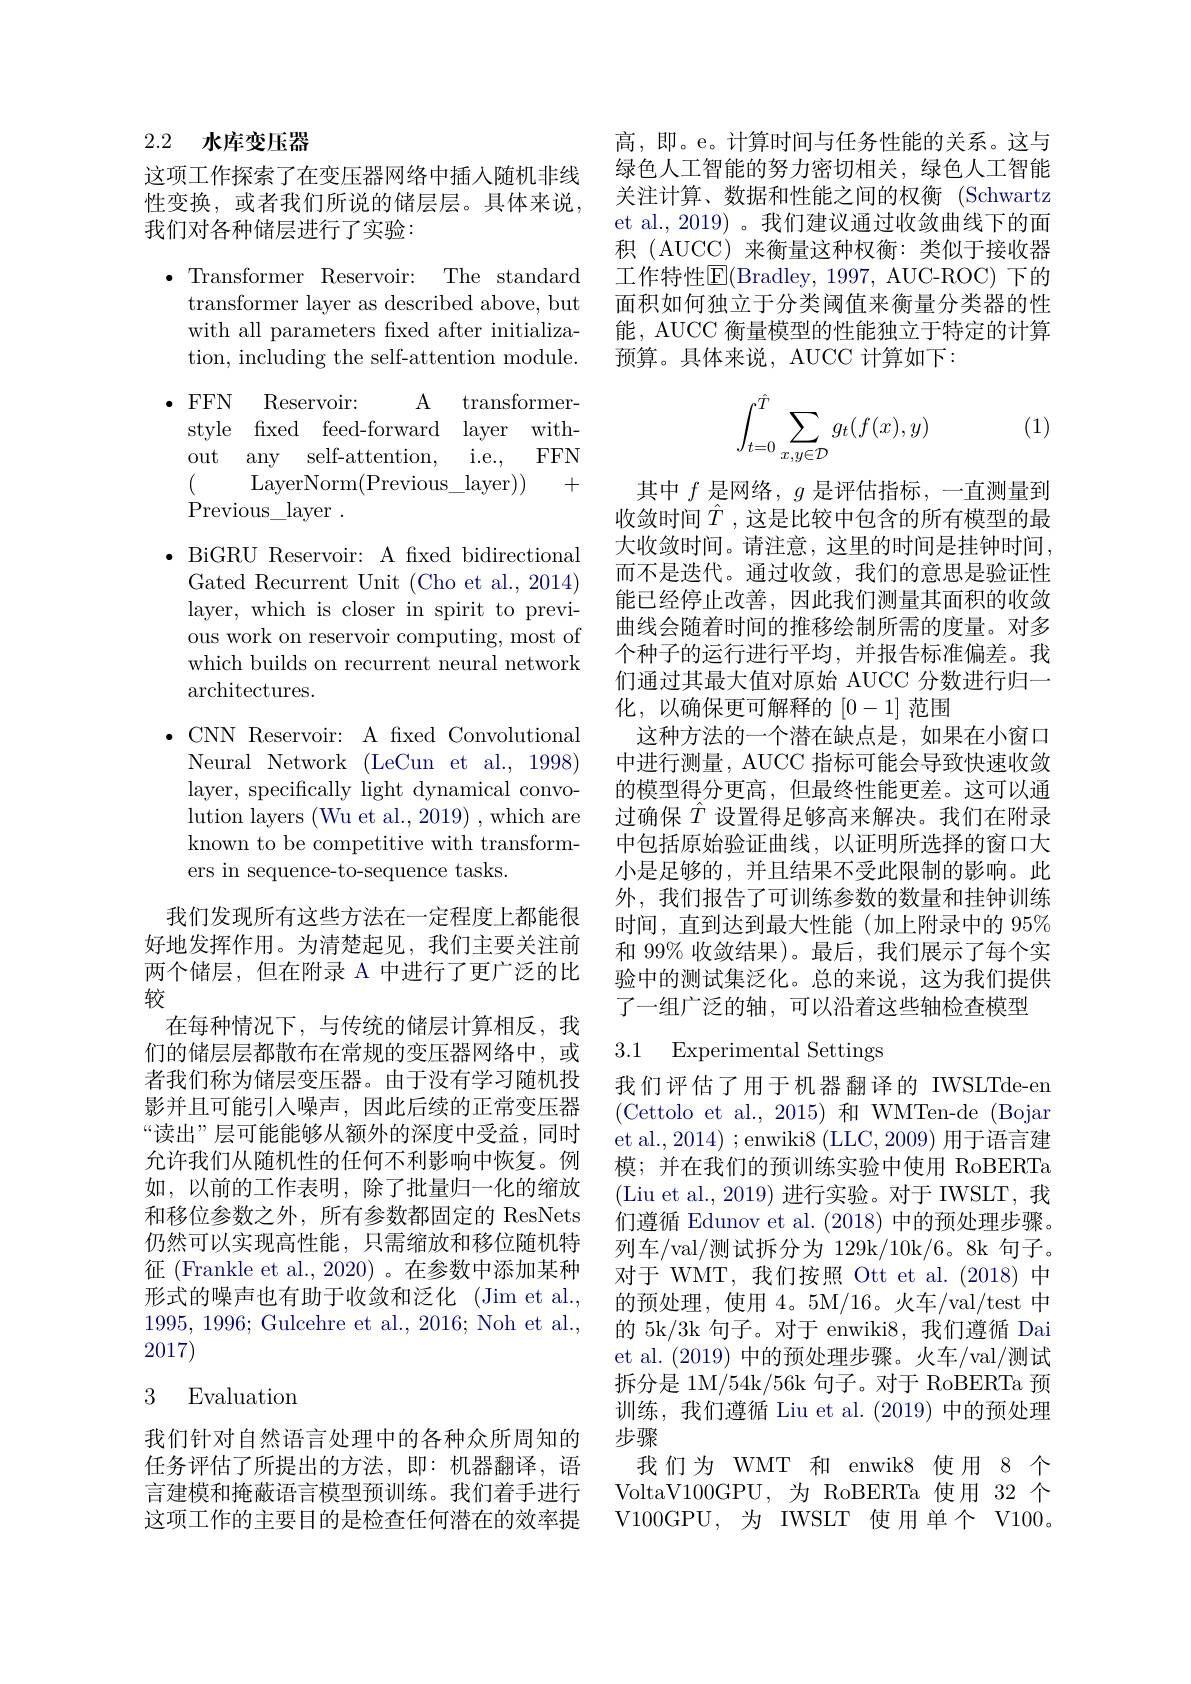
## 2.2 水库变压器

这项工作探索了在变压器网络中插入随机非线性变换，或者我们所说的储层层。具体来说， 我们对各种储层进行了实验：

$\bullet$Transformer Reservoir: The standard
transformer layer as described above, but with all parameters fixed after initialization, including the self-attention module.
$\bullet$ FFN Reservoir: A transformerstyle fixed feed-forward layer without any self-attention, i.e., FFN (
LayerNorm(Previous$\_$layer))
+
Previous\_layer .
$\bullet$ BiGRU Reservoir: A fixed bidirectional
Gated Recurrent Unit (Cho et al., 2014) layer, which is closer in spirit to previous work on reservoir computing, most of which builds on recurrent neural network $\operatorname{architectures.}$
$\bullet$CNN Reservoir: A fixed Convolutional Neural Network (LeCun et al., 1998) layer, specifically light dynamical convolution layers (Wu et al., 2019) , which are known to be competitive with transformers in sequence-to-sequence tasks.
我们发现所有这些方法在一定程度上都能很

好地发挥作用。为清楚起见，我们主要关注前两个储层，但在附录 A 中进行了更广泛的比较
在每种情况下，与传统的储层计算相反，我们的储层层都散布在常规的变压器网络中，或者我们称为储层变压器。由于没有学习随机投影并且可能引入噪声，因此后续的正常变压器“读出”层可能能够从额外的深度中受益，同时允许我们从随机性的任何不利影响中恢复。例如，以前的工作表明，除了批量归一化的缩放和移位参数之外，所有参数都固定的 ResNets 仍然可以实现高性能，只需缩放和移位随机特征 (Frankle et al.,2020) 。在参数中添加某种形式的噪声也有助于收敛和泛化 (Jim et al., 1995, 1996; Gulcehre et al., 2016; Noh et al., 2017)

## 3 Evaluation

我们针对自然语言处理中的各种众所周知的任务评估了所提出的方法，即：机器翻译，语言建模和掩蔽语言模型预训练。我们着手进行这项工作的主要目的是检查任何潜在的效率提

高，即。e。计算时间与任务性能的关系。这与绿色人工智能的努力密切相关，绿色人工智能关注计算、数据和性能之间的权衡(Schwartz) et al.,2019) 。我们建议通过收敛曲线下的面积 (AUCC)来衡量这种权衡：类似于接收器工作特性$\overline{\mathrm{E}}($Bradley,1997, AUC-ROC)下的面积如何独立于分类阈值来衡量分类器的性能，AUCC 衡量模型的性能独立于特定的计算预算。具体来说，AUCC 计算如下：
$$\int_{t=0}^{\hat{T}}\sum_{x,y\in\mathcal{D}}g_t(f(x),y)$$
(1)

其中$f$是网络，$g$是评估指标，一直测量到收敛时间$\hat{T}$,这是比较中包含的所有模型的最大收敛时间。请注意，这里的时间是挂钟时间， 而不是迭代。通过收敛，我们的意思是验证性能已经停止改善，因此我们测量其面积的收敛曲线会随着时间的推移绘制所需的度量。对多个种子的运行进行平均，并报告标准偏差。我们通过其最大值对原始 AUCC 分数进行归一化，以确保更可解释的[0-1]范围
这种方法的一个潜在缺点是，如果在小窗口中进行测量，AUCC 指标可能会导致快速收敛的模型得分更高，但最终性能更差。这可以通过确保$\hat{T}$设置得足够高来解决。我们在附录中包括原始验证曲线，以证明所选择的窗口大小是足够的，并且结果不受此限制的影响。此外，我们报告了可训练参数的数量和挂钟训练时间，直到达到最大性能(加上附录中的 95% 和 99% 收敛结果)。最后，我们展示了每个实验中的测试集泛化。总的来说，这为我们提供了一组广泛的轴，可以沿着这些轴检查模型

## 3.1 Experimental Settings

我们评估了用于机器翻译的 IWSLTde-en (Cettolo et al., 2015)和WMTen-de (Bojar et al., 2014) ; enwiki8 (LLC, 2009) 用于语言建模；并在我们的预训练实验中使用 RoBERTa (Liu et al., 2019) 进行实验。对于 IWSLT, 我们遵循 Edunov et al. (2018)中的预处理步骤。列车/val/测试拆分为 129k/10k/6。8k 句子。对于 WMT,我们按照 Ott et al.(2018)中的预处理，使用 4。5M/16。火车/val/test 中的 5k/3k 句子。对于 enwiki8,我们遵循 Dai et al. (2019)中的预处理步骤。火车/val/测试拆分是 1M/54k/56k 句子。对于 RoBERTa 预训练，我们遵循 Liu et al. (2019) 中的预处理步骤
我们为 WMT 和 enwik8 使用 8 个VoltaV100GPU,为 RoBERTa 使用 32 个V100GPU,为 IWSLT 使用单个 V100。